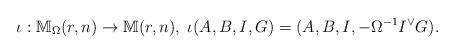
LaTeX: \begin{align*}\iota:\mathbb{M}_{\Omega}(r,n)\rightarrow\mathbb{M}(r,n),\;\iota(A,B,I,G)=(A,B,I,-\Omega^{-1}I^{\vee}G).\end{align*}